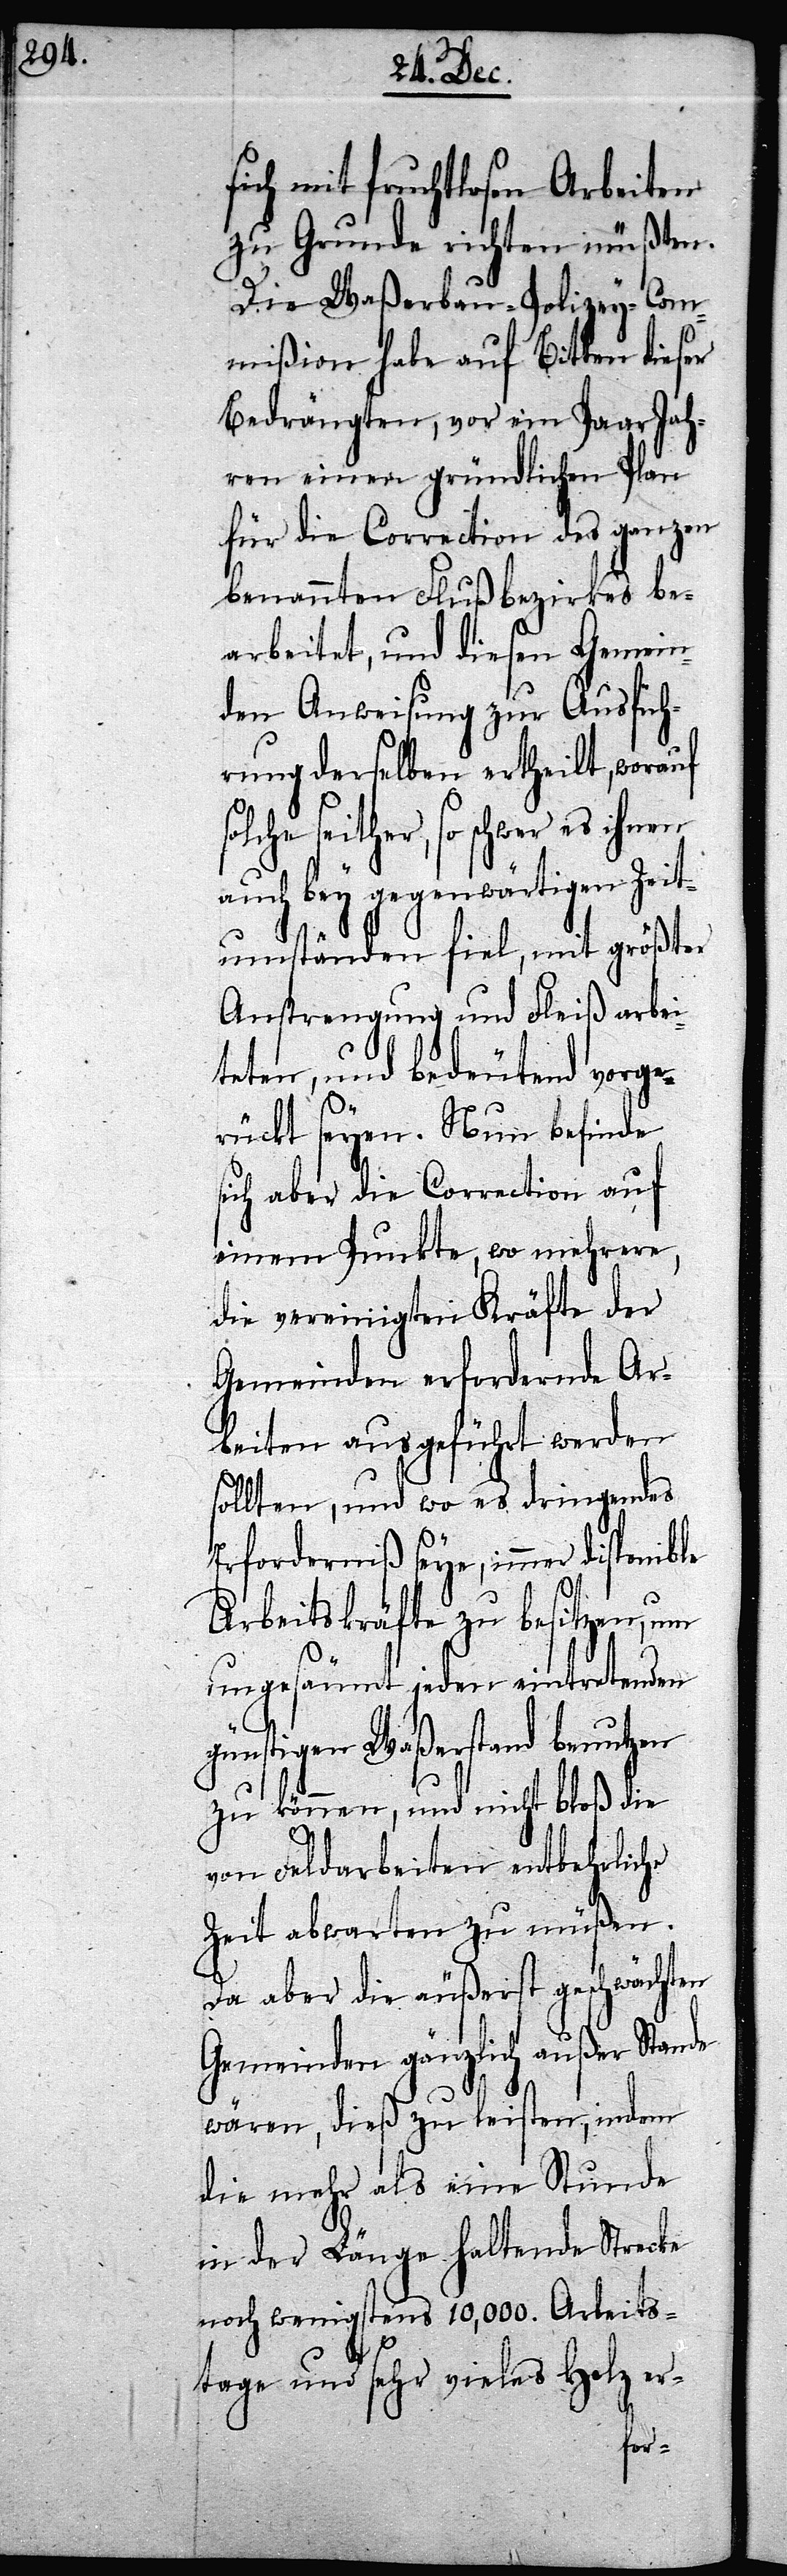
sich mit fruchtlosen Arbeiten
zu Grunde richten müßten.
Die Waßerbau-Polizey-Com¬
mißion habe auf Bitten dieser
Bedrängten, vor ein Paar Jah¬
ren einen gründlichen Plan
für die Correction des ganzen
benannten Flußbezirkes be¬
arbeitet, und diesen Gemein¬
den Anweisung zur Ausfüh¬
rung derselben erhteilt, worauf
auch bey gegenwärtigen Zeit¬
umständen fiel, mit größter
Anstrengung und Fleiß arbei¬
teten, und bedeutend vorge¬
rückt seyen. Nun befinde
sich aber die Correction auf
einem Punkte, wo mehrere,
die vereinigten Kräfte der
Gemeinden erfordernde Ar¬
beiten ausgeführt werden
sollten, und wo es dringendes
Erforderniß seye, immer
Arbeitskräfte zu besitzen, um
ungesäumt jeden eintretenden
and benutzen
zu können, und nicht bloß die
von Feldarbeiten entbehrliche
Zeit abwarten zu müßen.
Da aber die äußerst geschwächten
Gemeinden gänzlich außer Stande
wären, dieß zu leisten, indem
die mehr als eine Stunde
in der Länge haltende Strecke
noch wenigstens 10,000. Arbeits¬
tage und sehr vieles Holz er-